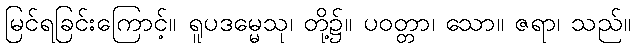
မြင်ရခြင်းကြောင့်။ ရူပဒမ္မေသု၊ တို့၌။ ပဝတ္တာ၊ သော။ ဇရာ၊ သည်။